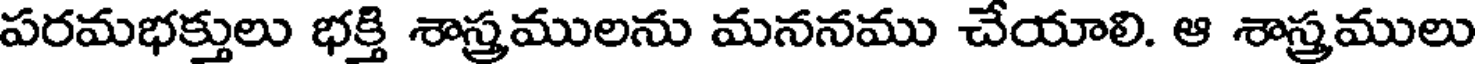
పరమభక్తులు భక్తి శాస్త్రములను మననము చేయాలి. ఆ శాస్త్రములు